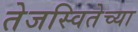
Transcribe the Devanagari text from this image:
तेजस्वितेच्या